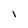
Character: l